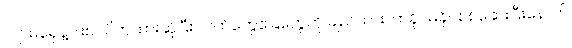
လျာမရှေနဲ့ပါးစပ်ပိတ်ထားဆိုပြီး လက်တွေခြေတွေကို ချည်ထားတာခိုင်မခိုင်စစ်ဆေးပြီးနောက်